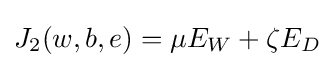
J_{2}(w,b,e)=\mu E_{W}+\zeta E_{D}